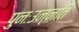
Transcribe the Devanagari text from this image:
पुनःउन्नति